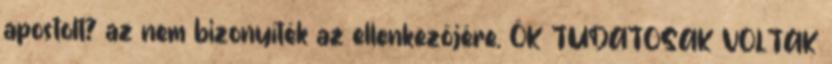
apostolt? az nem bizonyíték az ellenkezőjére. ŐK TUDATOSAK VOLTAK